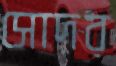
সোদর